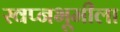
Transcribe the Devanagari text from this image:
स्वप्नभूमीला